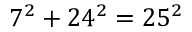
7 ^ { 2 } + 2 4 ^ { 2 } = 2 5 ^ { 2 }